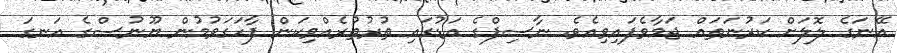
އޭނަގެ ލޮލަށް ކަރުނަތައް ޖަމާވެފައިވިއެވެ. ނާސިފްގެ އަޑުގައި ތުރުތުރެއްވިކަން ފާހަގަވުމުން ޔޫނުސްގެ އަނގަ